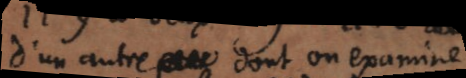
d’un autre , dont on examine